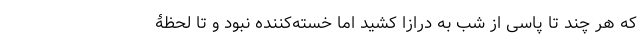
که هر چند تا پاسی از شب به درازا کشید اما خسته‌کننده نبود و تا لحظۀ